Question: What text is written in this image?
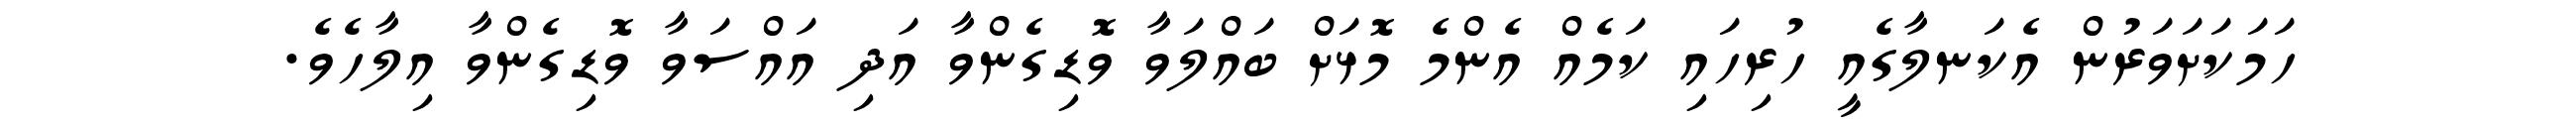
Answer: ހަމަކަށަވަރުން އެކަނލާގެއީ ހުރިހައި ކަމެއް އެންމެ މޮޅަށް ބައްލަވާ ވޮޑިގެންވާ އަދި އައްސަވާ ވޮޑިގެންވާ އިލާހެވެ.